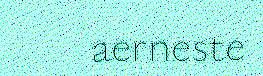
aerneste